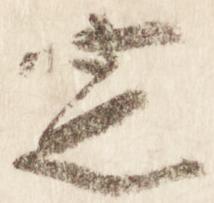
定